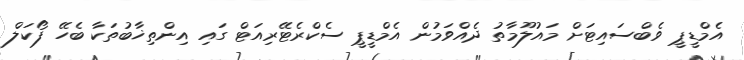
އެމްޑީޕީ ވެބްސައިޓަށް މައުލޫމާތު ދެއްވަމުން އެމްޑީޕީ ސެކްރެޓޭރިއަޓް ގައި އިންތިޚާބުތަކާ ބެހޭ ފޯކަލް